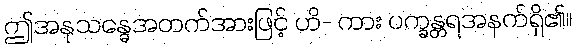
ဤအနုသန္ဓေအတက်အားဖြင့် ဟိ- ကား ပက္ခန္တရအနက်ရှိ၏။